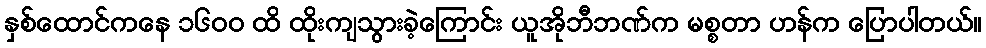
နှစ်ထောင်ကနေ ၁၆၀၀ ထိ ထိုးကျသွားခဲ့ကြောင်း ယူအိုဘီဘဏ်က မစ္စတာ ဟန်က ပြောပါတယ်။